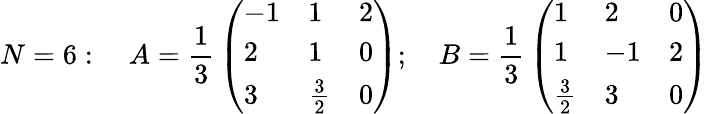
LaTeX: N=6:\quad A={\frac{1}{3}}\left(\begin{array}{lll}{{-1}}&{{1}}&{{2}}\\ {{2}}&{{1}}&{{0}}\\ {{3}}&{{{\frac{3}{2}}}}&{{0}}\end{array}\right);\quad B={\frac{1}{3}}\left(\begin{array}{lll}{{1}}&{{2}}&{{0}}\\ {{1}}&{{-1}}&{{2}}\\ {{{\frac{3}{2}}}}&{{3}}&{{0}}\end{array}\right)